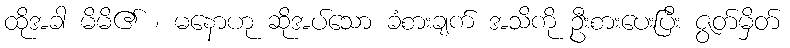
ထိုအခါ မိမိ၏ ၊ မနောဟု ဆိုအပ်သော ခံစားချက် အသိကို ဦးစားပေးပြီး ဇွတ်မှိတ်